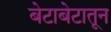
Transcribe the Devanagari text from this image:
बेटाबेटातून